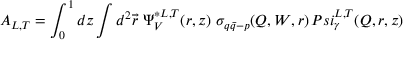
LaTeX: A _ { L , T } = \int _ { 0 } ^ { 1 } d z \int d ^ { 2 } \vec { r } \ \Psi _ { V } ^ { * L , T } ( r , z ) \ \sigma _ { q \bar { q } - p } ( Q , W , r ) \, P s i _ { \gamma } ^ { L , T } ( Q , r , z )